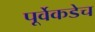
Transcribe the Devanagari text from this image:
पूर्वेकडेच